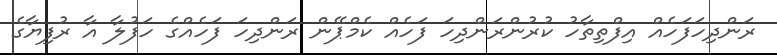
ރަންދިހަފަހެއް އިފްތިތާހު ކުރުންރަންދިހަ ފަހެއް ކެމްޕޭން ރަންދިހަ ފަހެއްގެ ހަފުލާ އާ ރުފިޔާގެ